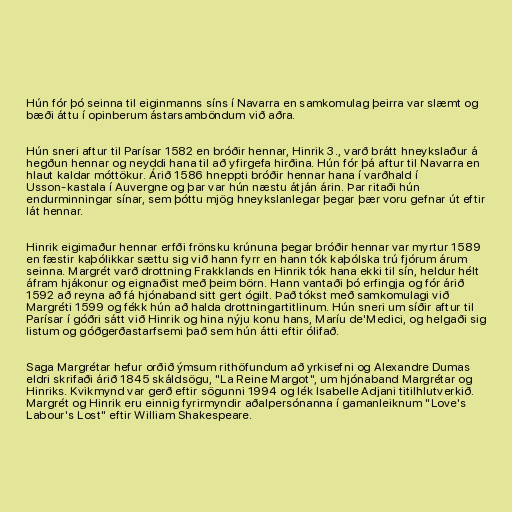
Hún fór þó seinna til eiginmanns síns í Navarra en samkomulag þeirra var slæmt og
bæði áttu í opinberum ástarsamböndum við aðra.

Hún sneri aftur til Parísar 1582 en bróðir hennar, Hinrik 3., varð brátt hneykslaður á
hegðun hennar og neyddi hana til að yfirgefa hirðina. Hún fór þá aftur til Navarra en
hlaut kaldar móttökur. Árið 1586 hneppti bróðir hennar hana í varðhald í
Usson-kastala í Auvergne og þar var hún næstu átján árin. Þar ritaði hún
endurminningar sínar, sem þóttu mjög hneykslanlegar þegar þær voru gefnar út eftir
lát hennar.

Hinrik eigimaður hennar erfði frönsku krúnuna þegar bróðir hennar var myrtur 1589
en fæstir kaþólikkar sættu sig við hann fyrr en hann tók kaþólska trú fjórum árum
seinna. Margrét varð drottning Frakklands en Hinrik tók hana ekki til sín, heldur hélt
áfram hjákonur og eignaðist með þeim börn. Hann vantaði þó erfingja og fór árið
1592 að reyna að fá hjónaband sitt gert ógilt. Það tókst með samkomulagi við
Margréti 1599 og fékk hún að halda drottningartitlinum. Hún sneri um síðir aftur til
Parísar í góðri sátt við Hinrik og hina nýju konu hans, Maríu de'Medici, og helgaði sig
listum og góðgerðastarfsemi það sem hún átti eftir ólifað.

Saga Margrétar hefur orðið ýmsum rithöfundum að yrkisefni og Alexandre Dumas
eldri skrifaði árið 1845 skáldsögu, "La Reine Margot", um hjónaband Margrétar og
Hinriks. Kvikmynd var gerð eftir sögunni 1994 og lék Isabelle Adjani titilhlutverkið.
Margrét og Hinrik eru einnig fyrirmyndir aðalpersónanna í gamanleiknum "Love's
Labour's Lost" eftir William Shakespeare.